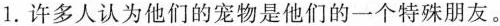
1.许多人认为他们的宠物是他们的一个特殊朋友。